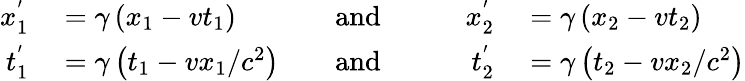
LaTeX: \begin{array}{rlrlrl}{x_{1}^{'}}&{{}=\gamma\left(x_{1}-vt_{1}\right)}&{\quad\mathrm{and}\quad}&{{}}&{x_{2}^{'}}&{{}=\gamma\left(x_{2}-vt_{2}\right)}\\ {t_{1}^{'}}&{{}=\gamma\left(t_{1}-vx_{1}/c^{2}\right)}&{\quad\mathrm{and}\quad}&{{}}&{t_{2}^{'}}&{{}=\gamma\left(t_{2}-vx_{2}/c^{2}\right)}\end{array}